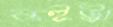
কইট্টা